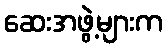
ဆေးအဖွဲ့များက